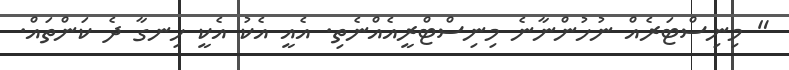
" މިނިސްޓަރެއް ނުހުންނާނެ މިނިސްޓްރީއެއްނެތި. އެއީ އެކު އެކީ ހިނގާ ދެ ކަންތައް.